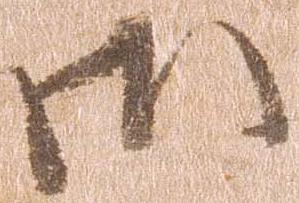
御